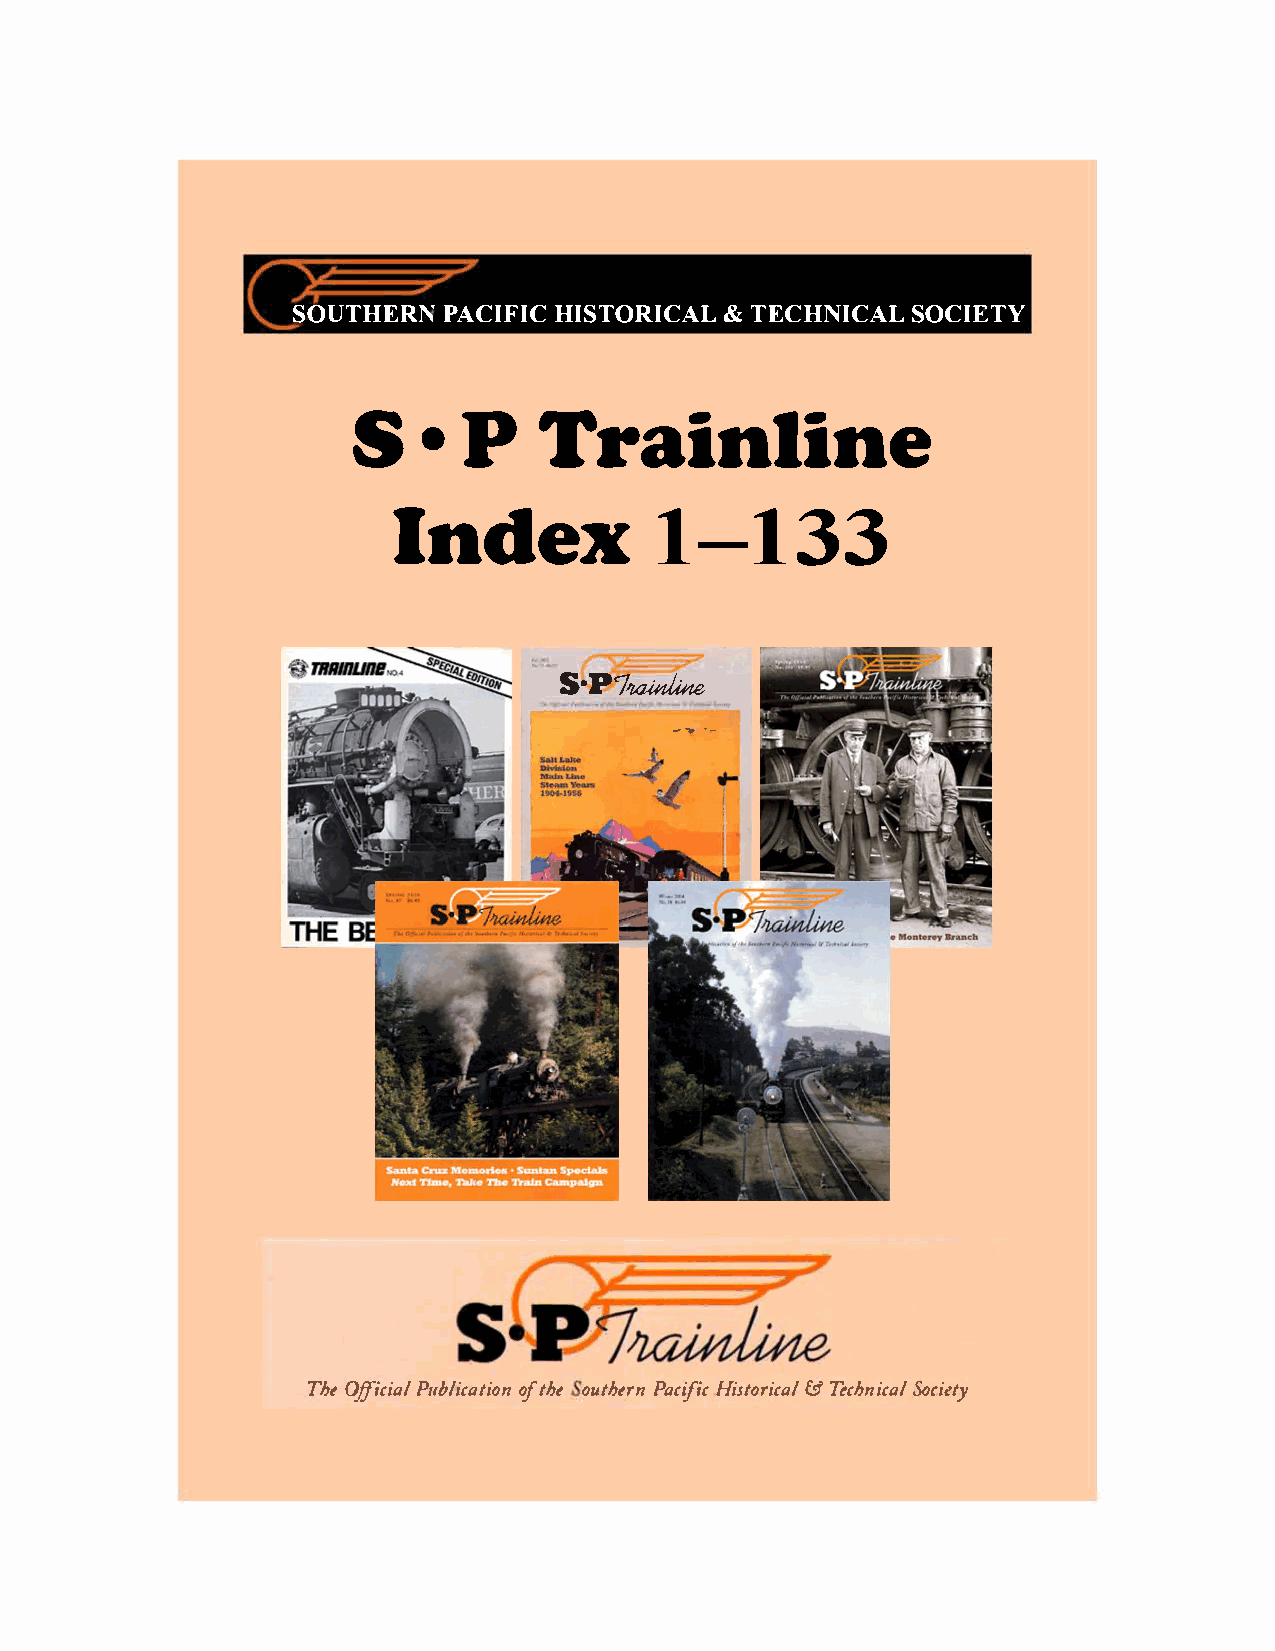
SOUTHERPNA    CIFHIICS TORI&C  TAELC HNICSAOLC IETY
 S•      P    T    rainline
 Index                             1–133
 S•P7�
 ---
 ·-
 ThOeff icPiuabll ioctfa hteoi uotnh PearcnifH iic1 to&r TieccahlSn oicciaelt y